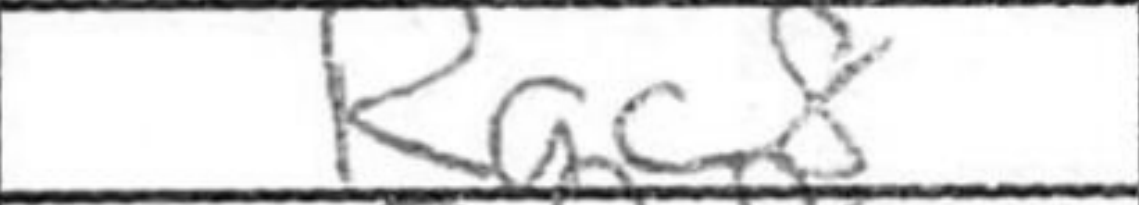
Transcription: Rac8